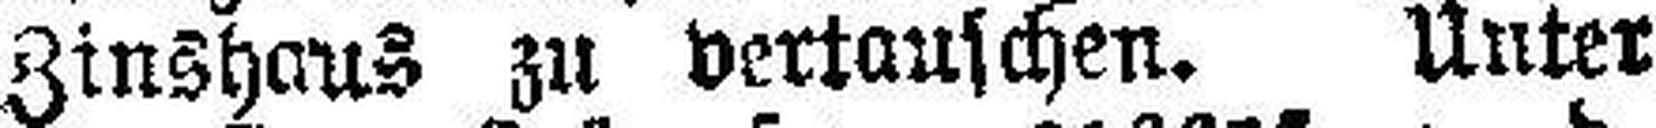
Zinshaus zu vertauschen. Unter